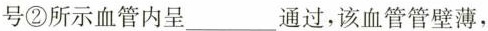
号②所示血管内呈______通过，该血管管壁薄，